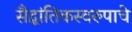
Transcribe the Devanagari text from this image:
सैद्घांतिकस्वरुपाचे